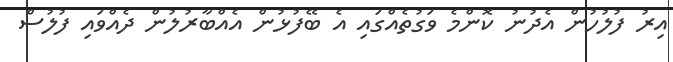
އިރު ފުލުހުން އެދުނު ކޮންމެ ވަގުތެއްގައި އެ ބޭފުޅުން އެއްބާރުލުން ދެއްވައި ފުލުސް